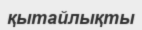
қытайлықты